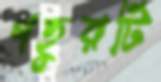
গহ্বরটি